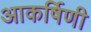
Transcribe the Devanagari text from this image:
आकर्षिणी